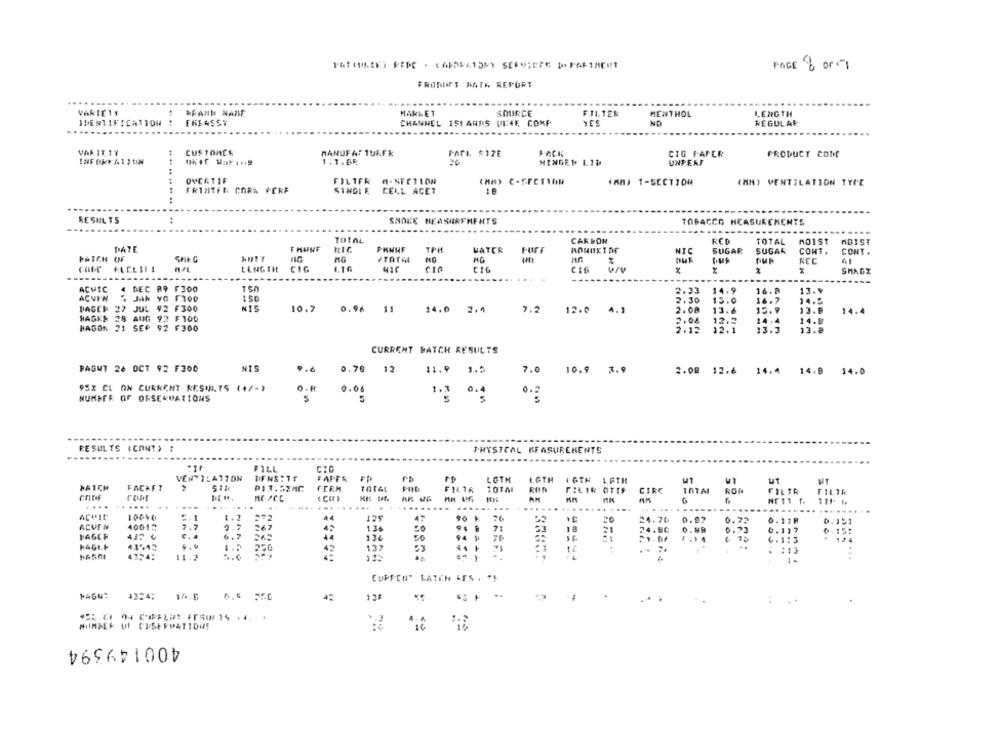
PAGE 8 00-1
FRODUFT MATA REPORT
....
VARIEIS
PRAIN NAME
MANMET
SOURCE
MENTHOL
LENGTH
IDENTIFICATION
FREASSY
CHANNEL ISTANDS UL:4E, COMP
YES
ND
REGULAR
VARIE 17
CUSTOMER
MANUFAT TURFk
Pari. $17E
BACK
CIG FAPER
PRODUCT CODE
1.1.GR
26
UNPERF
HINGER LID
OVERTIF
FILTER M-SECTION
(MM) 1-SECTION
(MM) VENTILATION TYPE
.. .. .. .. ..
FRISTEN CORA FERE
SINGLE
CELL ACET
18
RESULTS
SMOKE MEASUREMENTS
TOBACCO HEASUREMENTS
TOTAL
CARBON
TOTAL
MO1ST
HDIST
DATE
PHNHF
TPH
WATER
FORF
MONOXIDE
NIC
SUGAR
SUGAR
CONT .
CONT .
FATEN UF
MG
/TATA
MG
LENGTH
CIG
CIG
SHAGY
--..
ACUIC
4 DEC A9 F300
150
2.33
14.9
16. 8
13.9
ACVIN
5 JAN yo F300
150
2.30
15.0
16.7
14.5
DAGEN 37 JUL 92 F300
NIS
10.7 0.96 11 14.0 2.4
7.2
12.0
4.]
2. 08
13.6
15.9
13.8
14.4
HAGKS
28 AUG
92 F300
2.08
12.2
14.4
14.8
HAGOK 21
SEP
92 F300
2.12
12.1
13.3
13.8
CURRENT BATCH RESULTS
BAGUT 26 OCT 92 F300
NIS
9.6
0.78 12
11.9
1.5
7.0
10.9 3.9
2.00 12.6 14.4 14.8 14.0
95X CL ON CURRENT RESULTS (+/->
0.06
0. 2
NUMEER OF OBSERVATIONS
5
5
RESULTS (CONT) :
PHYSICAL KFASUREKENTS
...
FILL
CZ0
VENTILATION
TIENS:TY
FAPER
LOTH
L.6TH
1 6TH L.FTH
UT
PATCH
FACKET
FERM
TOTAL
FILTR
PILIR OTIS
CIRC
ROA
FILTR
FILTR
....
...
..
....
........
...
....
...
6
111 1.
..
....
...
....
........
....
Aceit
10090
5.1
1.2
44
129
47
90 k
24.76
0.87
0.72
0. 118
0.151
ACVIN
40015
2.7
567
1.34
94 8
71
24.80
0.88
0.73
6.117
134
94 H
HAGLE
43%42
250
42
132
4374:
11.2
CUPPEN" LATCH ITS . 15
PAGN: 4354: 14.6 6.5 556
MIIMMER UI CESERVATIONS
400149394